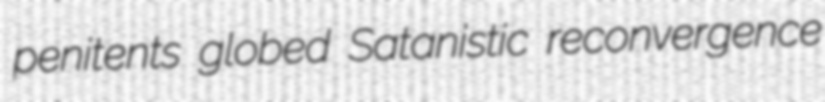
penitents globed Satanistic reconvergence